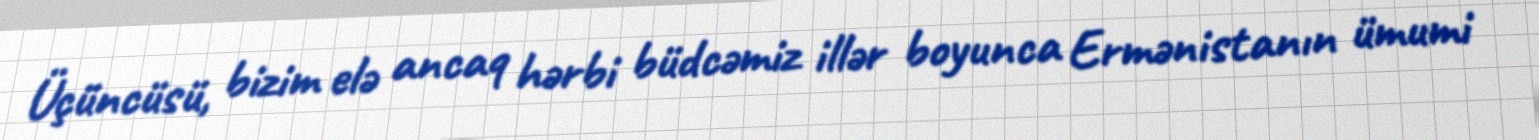
Üçüncüsü, bizim elə ancaq hərbi büdcəmiz illər boyunca Ermənistanın ümumi